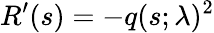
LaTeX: R^{\prime}(s)=-q(s;\lambda)^{2}